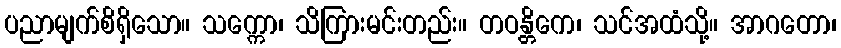
ပညာမျက်စိရှိသော။ သက္ကော၊ သိကြားမင်းတည်း။ တဝန္တိကေ၊ သင်အထံသို့။ အာဂတော၊